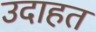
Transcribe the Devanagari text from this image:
उदाहत